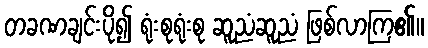
တခဏချင်းပို၍ ရုံးစုရုံးစု ဆူညံဆူညံ ဖြစ်လာကြ၏။